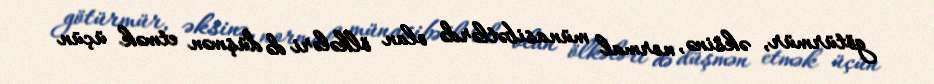
götürmür, əksinə, normal münasibətlərdə olan ölkələri də düşmən etmək üçün